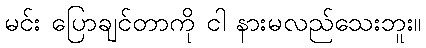
မင်း ပြောချင်တာကို ငါ နားမလည်သေးဘူး။